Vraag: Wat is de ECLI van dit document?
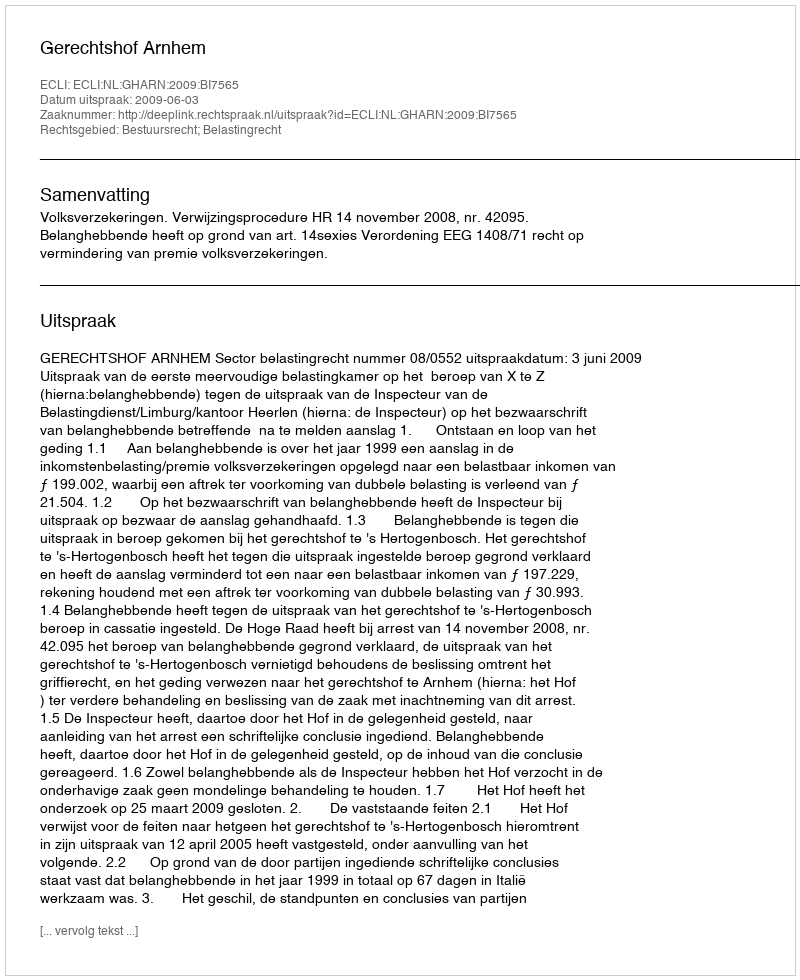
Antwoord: ECLI:NL:GHARN:2009:BI7565